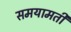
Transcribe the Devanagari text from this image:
समयामती